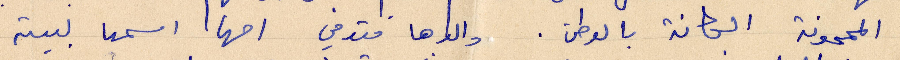
المجنونة الجانة بالوطن. والدها متوفي أمها. اسمها لبيته